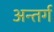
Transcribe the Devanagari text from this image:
अन्तर्ग